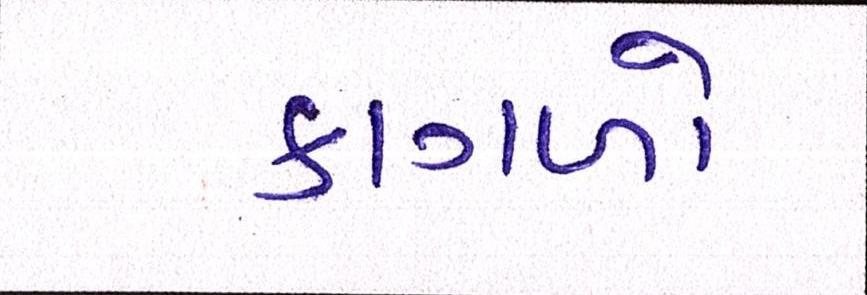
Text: કાગળો